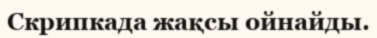
Скрипкада жақсы ойнайды.